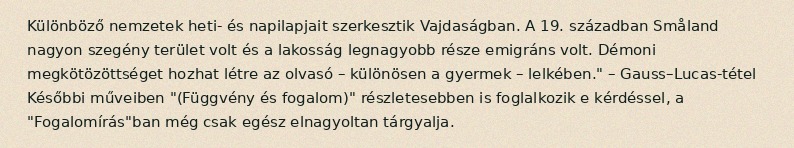
Különböző nemzetek heti- és napilapjait szerkesztik Vajdaságban. A 19. században Småland nagyon szegény terület volt és a lakosság legnagyobb része emigráns volt. Démoni megkötözöttséget hozhat létre az olvasó – különösen a gyermek – lelkében." – Gauss–Lucas-tétel Későbbi műveiben "(Függvény és fogalom)" részletesebben is foglalkozik e kérdéssel, a "Fogalomírás"ban még csak egész elnagyoltan tárgyalja.